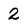
Character: 2